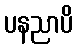
ပနညာပိ